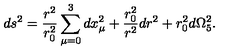
d s ^ { 2 } = \frac { r ^ { 2 } } { r _ { 0 } ^ { 2 } } \sum _ { \mu = 0 } ^ { 3 } d x _ { \mu } ^ { 2 } + \frac { r _ { 0 } ^ { 2 } } { r ^ { 2 } } d r ^ { 2 } + r _ { 0 } ^ { 2 } d \Omega _ { 5 } ^ { 2 } .